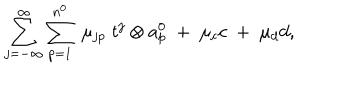
\sum _ { j = - \infty } ^ { \infty } \sum _ { p = 1 } ^ { n ^ { 0 } } \; \mu _ { j p } \; t ^ { j } \otimes a _ { p } ^ { 0 } \; + \; \mu _ { c } c \; + \; \mu _ { d } d ,